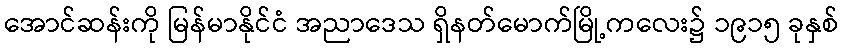
အောင်ဆန်းကို မြန်မာနိုင်ငံ အညာဒေသ ရှိနတ်မောက်မြို့ကလေး၌ ၁၉၁၅ ခုနှစ်